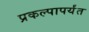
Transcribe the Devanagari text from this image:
प्रकल्पापर्यंत